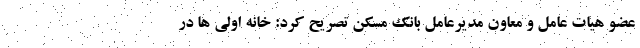
عضو هیات عامل و معاون مدیرعامل بانک مسکن تصریح کرد: خانه اولی ها در